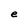
Character: e